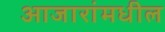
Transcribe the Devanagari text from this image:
आजारांमधील